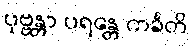
ပုဗ္ဗန္တာ ပရန္တေ ကင်္ခတိ